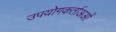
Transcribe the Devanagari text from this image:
उपयोगकर्ताअओं